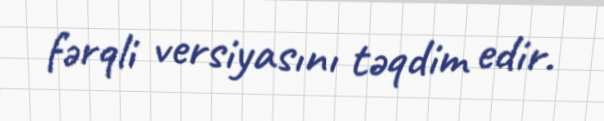
fərqli versiyasını təqdim edir.